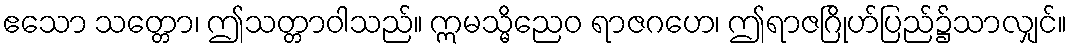
ဧသော သတ္တော၊ ဤသတ္တာဝါသည်။ ဣမသ္မိညေဝ ရာဇဂဟေ၊ ဤရာဇဂြိုဟ်ပြည်၌သာလျှင်။